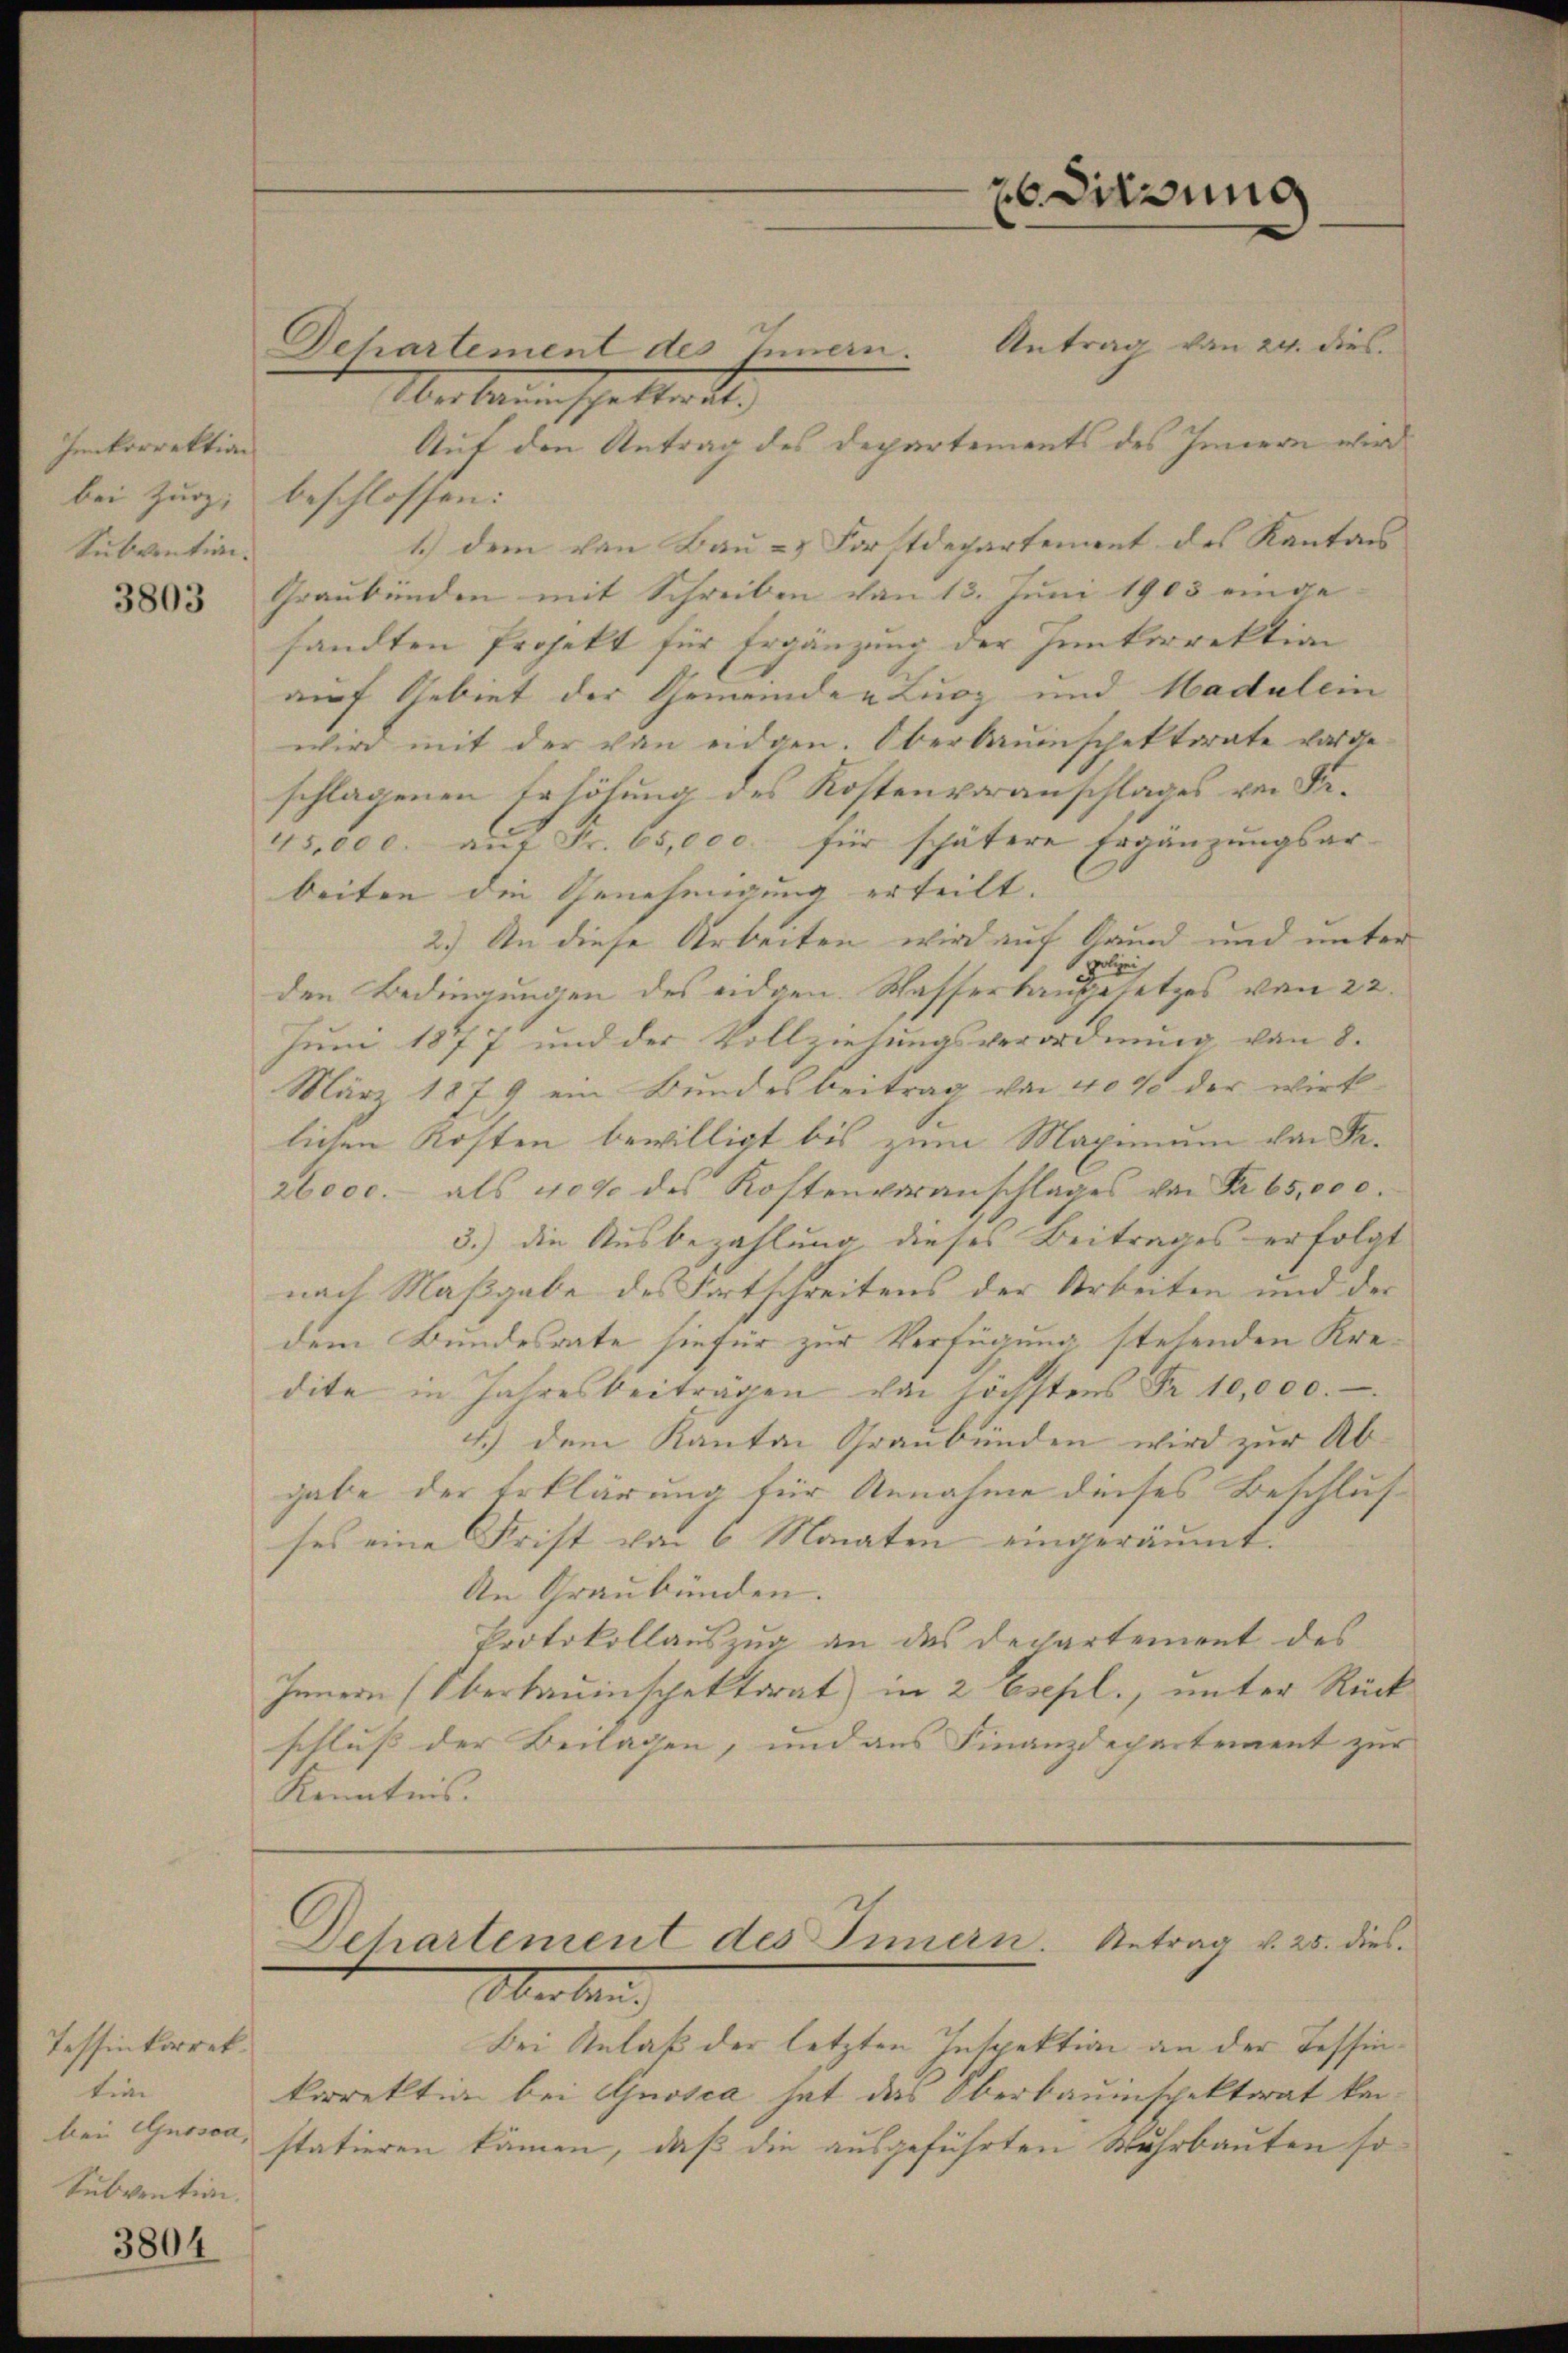
Ienkorrektion
bei Zurz;
Subvention.

3803

Tessinkorrektin
bei Gnosca,
Subvention.

3804

Antrag von 24. dies
Dehartement des Innern.
Werkennenschatten
Auf den Antrag des Departements des Innern wird
beschlossen:
1.) dem von Bau- & Fortdepartement des Kantons
Graubünden mit Schreiben von 13. Juni 1903 einge-
sandten Projekt für Ergänzung der Junkorrektion
auf Gebiet der Gemeinden Lucz und Hadalein
wird mit der von eidgen. Oberbauenschektorate vorde
schlagenen Erhöhung des Kostenvoranschlages von Fe¬
45,000. aŭf Fr. 65,000. für spätere Ergänzungsar-
beiten die Genehmigung erteilt. |
2.) An diese Arbeiten wird auf Grund und unter
gelei
den Bedingungen des eidgen. Wasserbaugesetzes von 22.
Juni 1877 und der Vollziehungsverordnung von 8.
März 1879 ein Bundesbeitrag von 40% der wirk
lichen Kosten bewilligt bis zum Maximum von Fr.
26000.- als 4000 des Kostenveranschlages von Nr. 65,00 c.
3.) Die Ausbezahlung dieses Beitrages erfolgt
nach Maßgabe des Fortschreitens der Arbeiten und der
dem Bundesrate hiefür zur Verfügung stehenden Kredite in Jahresbeiträgen von höchstens Fr. 10,000.
4.) Dem Kanton Graubünden wird zur Ab-
gabe der Erklärung für Annahme dieses Beschlus
ses eine Frist von 6 Monaten eingeräumt:
An Graubünden.
Protokollauszug an das Departement des
Innern (Oberbauinschaktorat in 2 Esepl., unter Rück
schluss der Beilagen, und aus Finanzdepartement zur
Kenntnis.

Oberlang
Bei Anlaß der letzten Inspektion an der Tessinkorrektion bei Gnosca hat das Oberbauinspektorat kanstatieren kämen, daß die ausgeführten Muhrbauten so

dirung

Dehartement des Innern. Antrag v. 25. dies